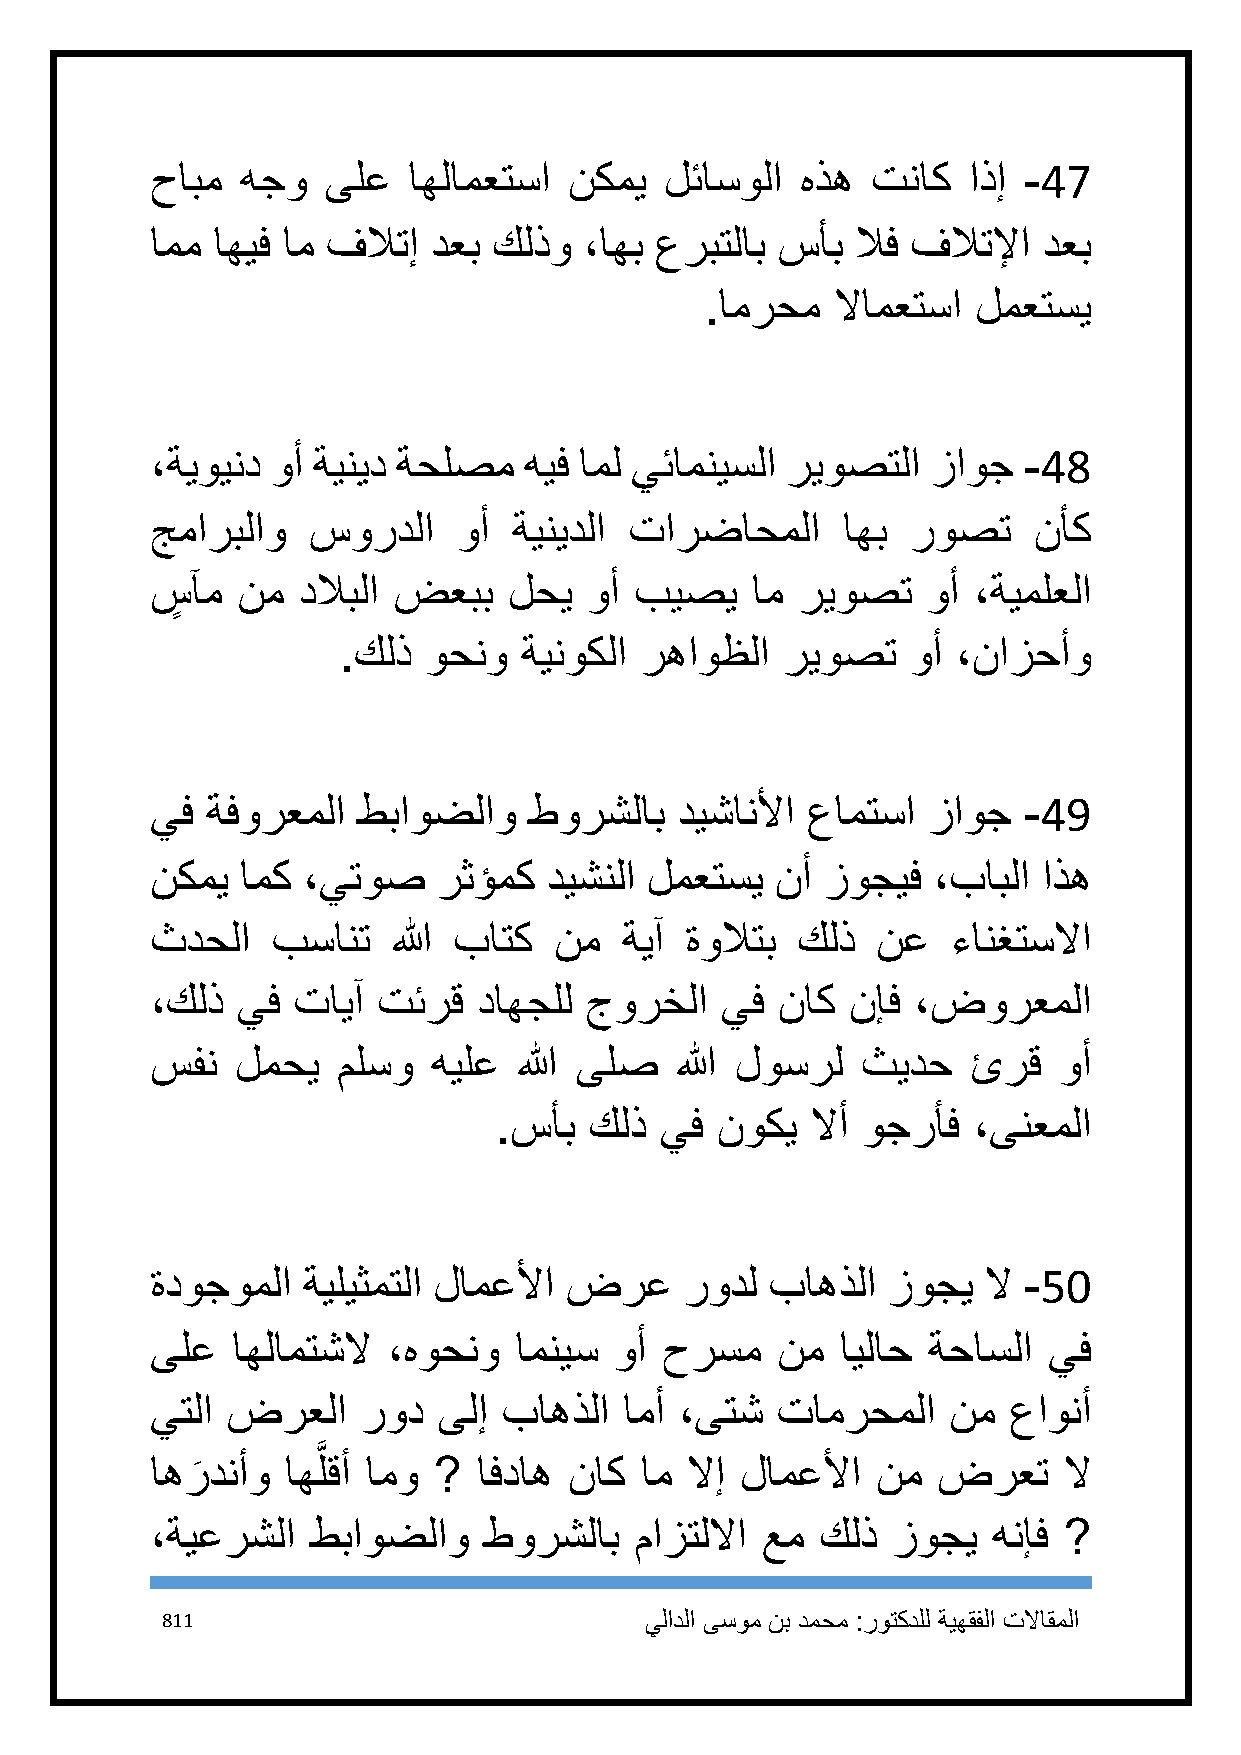
حابم  هجو  ىلع   اهلامعتسا  نكمي  لئاسولا  هذه  تناك  اذإ -47
 امم اهيف ام فلاتإ  دعب كلذو  ،اهب عربتلاب سأب  لاف فلاتلإا دعب
 .امرحم  لاامعتسا  لمعتسي
 ،ةيويند وأ ةينيد ةحلصم   هيف امل يئامنيسلا ريوصتلا  زاوج  -48
 جماربلاو  سوردلا    وأ  ةينيدلا تارضاحملا     اهب روصت    نأك
 سٍ آم نم  دلابلا ضعبب   لحي  وأ بيصي    ام ريوصت   وأ ،ةيملعلا
 .كلذ  وحنو  ةينوكلا رهاوظلا   ريوصت   وأ ،نازحأو
 يف  ةفورعملا  طباوضلاو   طورشلاب   ديشانلأا عامتسا زاوج   -49
 نكمي  امك ،يتوص    رثؤمك  ديشنلا لمعتسي  نأ زوجيف   ،بابلا اذه
 ثدحلا   بسانت   الله باتك  نم  ةيآ ةولاتب  كلذ  نع   ءانغتسلاا
 ،كلذ  يف تايآ  تئرق   داهجلل جورخلا   يف ناك  نإف ،ضورعملا
 سفن   لمحي  ملسو   هيلع الله ىلص   الله لوسرل  ثيدح   ئرق   وأ
 .سأب  كلذ  يف نوكي   لاأ وجرأف ،ىنعملا
 ةدوجوملا  ةيليثمتلا لامعلأا ضرع    رودل  باهذلا  زوجي  لا -51
 ىلع  اهلامتشلا  ،هوحنو  امنيس  وأ حرسم   نم   ايلاح ةحاسلا يف
 يتلا ضرعلا    رود  ىلإ باهذلا  امأ ،ىتش  تامرحملا    نم  عاونأ
 َّ
 اهردنأو  اهلقأ امو ?  افداه ناك ام لاإ لامعلأا  نم  ضرعت    لا
 َ
 ،ةيعرشلا   طباوضلاو   طورشلاب   مازتللاا عم كلذ  زوجي   هنإف ?
 811                             يلادلا ىسوم نب دمحم :روتكدلل ةيهقفلا تلااقملا